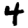
Digit: 4